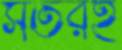
সতরই